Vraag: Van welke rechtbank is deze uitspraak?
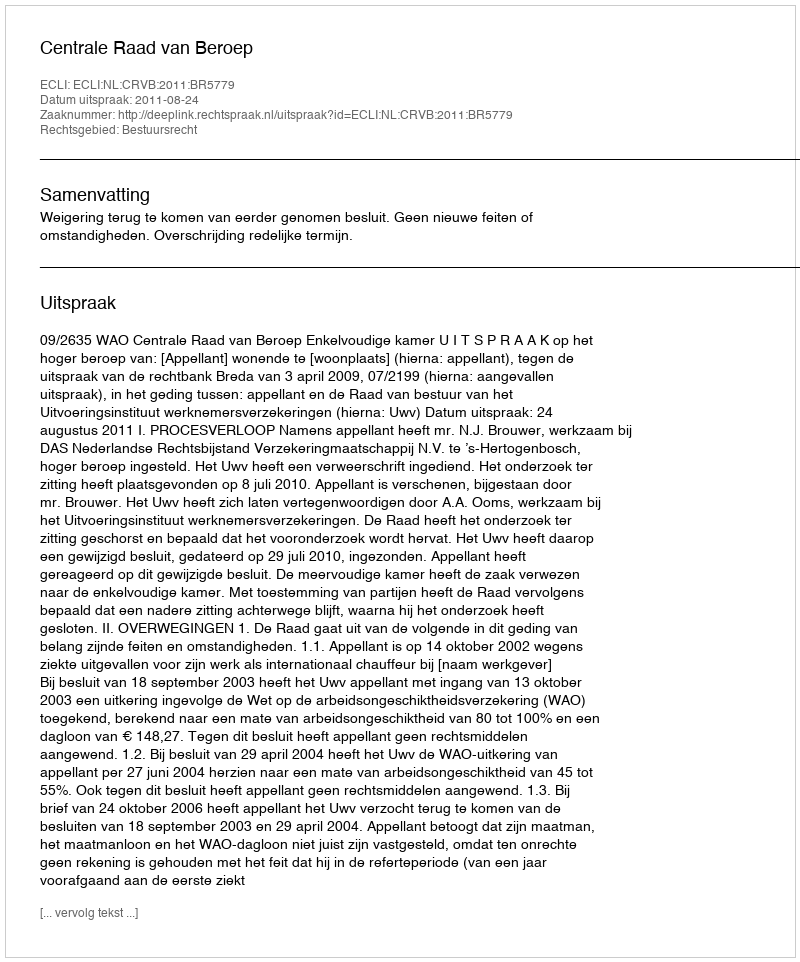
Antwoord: Centrale Raad van Beroep